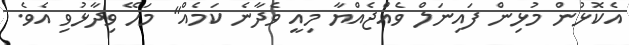
އެކޮޅުން މުޅިން ފައިނަލް ވެއްޖެއްޔާ މިއީ ވެދާނެ ކަމެއް" މަހޭ ވިދާޅުވި އެވެ.